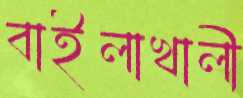
বাইলাখালী